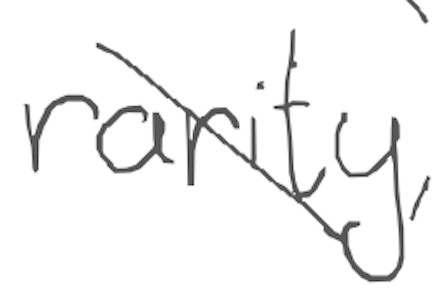
Text: rarity,
Cross-out: diagonal
Writing tool: digital_gray